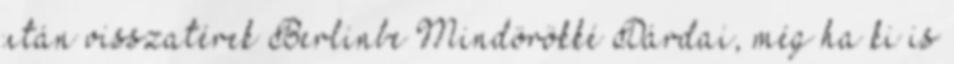
után visszatérek Berlinbe Mindörökké Dárdai, még ha ki is